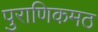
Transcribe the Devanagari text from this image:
पुराणिकमठ